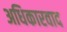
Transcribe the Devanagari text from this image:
अधिकारवाद